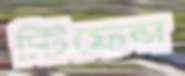
স্টিফেন্স